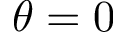
\theta = 0